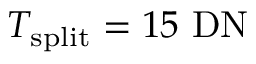
{ T _ { \mathrm { s p l i t } } = 1 5 \ \mathrm { { D N } } }